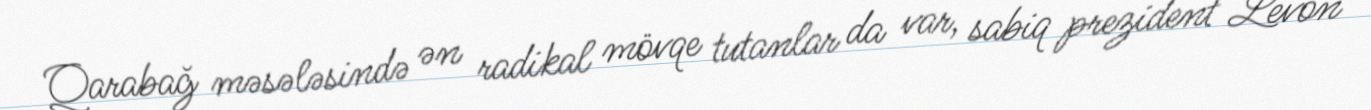
Qarabağ məsələsində ən radikal mövqe tutanlar da var, sabiq prezident Levon